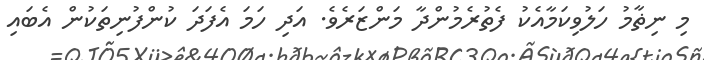
މި ނިޡާމު ހަލުވިކަމާއެކު ފެތުރެމުންދާ މަންޒަރެވެ. އަދި ހަމަ އެފަދަ ކުންފުނިތަކުން އެބައި